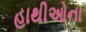
હાથીઓના